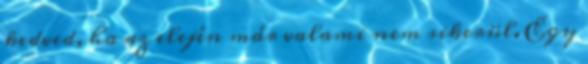
kedved, ha az elején már valami nem sikerül. Egy